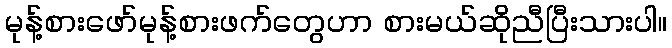
မုန့်စားဖော်မုန့်စားဖက်တွေဟာ စားမယ်ဆိုညီပြီးသားပါ။